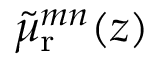
{ \tilde { \mu } _ { \mathrm { r } } } ^ { m n } ( z )